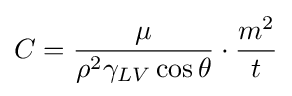
C={\mu  \over \rho ^{2}\gamma _{LV}\cos \theta }\cdot {m^{2} \over t}